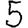
Digit: 5